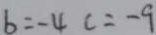
b = - 4 c = - 9